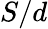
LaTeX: S/d